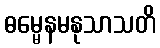
ဓမ္မေနမနုသာသတိ